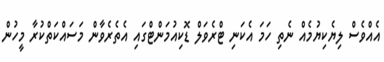
އެއްވެސް ލިޔެކިޔުމެއް ނެތި ހަމަ އެކަނި ޓްރެވަލް ޑޮކިއުމަންޓްގައި އެތެރެވާން މަސައްކަތްކުރާ މީހުން